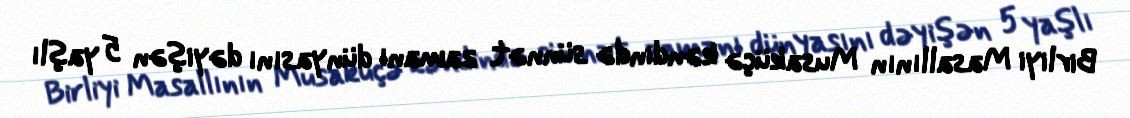
Birliyi Masallının Musaküçə kəndində sünnət zamanı dünyasını dəyişən 5 yaşlı